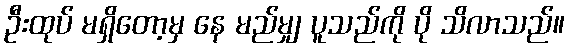
ဦးထုပ် မရှိတော့မှ နေ မည်မျှ ပူသည်ကို ပို သိလာသည်။